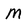
Character: M